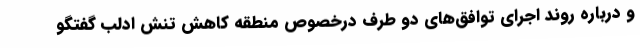
و درباره روند اجرای توافق‌های دو طرف درخصوص منطقه کاهش تنش ادلب گفتگو